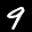
Label: 9